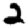
Digit: 2